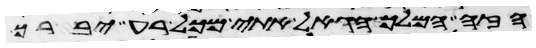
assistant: הזה המלך הגאל אתי מכל רע יברך